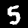
Digit: 5